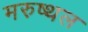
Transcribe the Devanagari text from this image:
मरुष्थल